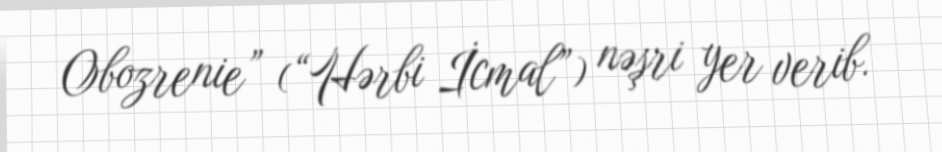
Obozrenie” (“Hərbi İcmal”) nəşri yer verib.